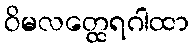
ဝိမလတ္ထေရဂါထာ